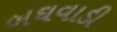
બઘવાડી